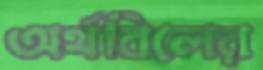
অর্থবিলের